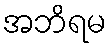
အဘိရမ